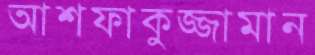
আশফাকুজ্জামান